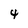
Character: 4